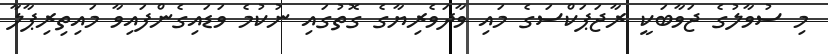
މި ސުވާލުގެ ޖަވާބަކީ ރާޖަޕަކްސަގެ މައި ވާދަވެރިޔާގެ ގޮތުގައި ނުކުމެ ވަޑައިގެންފައިވާ މައިތިރިޕާލާ